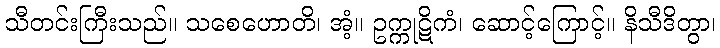
သီတင်းကြီးသည်။ သစေဟောတိ၊ အံ့။ ဥက္ကုဋိကံ၊ ဆောင့်ကြောင့်။ နိသီဒိတွာ၊